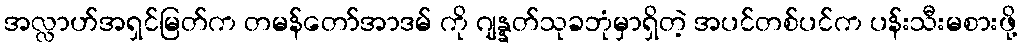
အလ္လာဟ်အရှင်မြတ်က တမန်တော်အာဒမ် ကို ဂျန္နတ်သုခဘုံမှာရှိတဲ့ အပင်တစ်ပင်က ပန်းသီးမစားဖို့